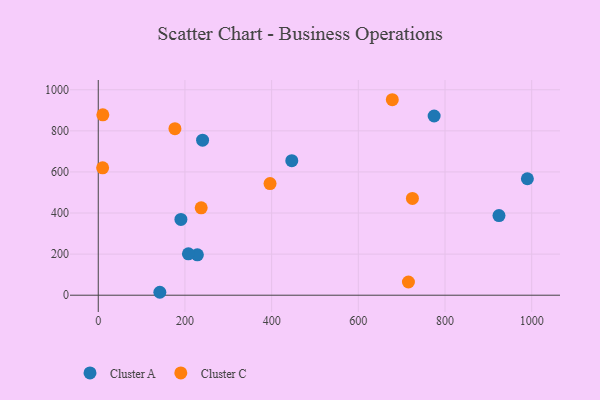
{"axis": {"x": "Price", "y": "Sales"}, "legend": ["Cluster A", "Cluster C"], "data": [{"x": "774.9", "y": 872.3, "type": "Cluster A"}, {"x": "142.1", "y": 14.3, "type": "Cluster A"}, {"x": "990.0", "y": 567.0, "type": "Cluster A"}, {"x": "228.7", "y": 196.7, "type": "Cluster A"}, {"x": "446.5", "y": 654.8, "type": "Cluster A"}, {"x": "240.7", "y": 754.7, "type": "Cluster A"}, {"x": "208.0", "y": 201.3, "type": "Cluster A"}, {"x": "190.7", "y": 369.0, "type": "Cluster A"}, {"x": "924.5", "y": 387.9, "type": "Cluster A"}, {"x": "724.8", "y": 471.3, "type": "Cluster C"}, {"x": "237.5", "y": 425.6, "type": "Cluster C"}, {"x": "715.6", "y": 64.3, "type": "Cluster C"}, {"x": "10.6", "y": 877.9, "type": "Cluster C"}, {"x": "396.3", "y": 543.6, "type": "Cluster C"}, {"x": "176.9", "y": 810.7, "type": "Cluster C"}, {"x": "678.4", "y": 951.6, "type": "Cluster C"}, {"x": "10.1", "y": 619.9, "type": "Cluster C"}]}